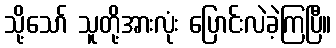
သို့သော် သူတို့အားလုံး ပြောင်းလဲခဲ့ကြပြီ။